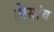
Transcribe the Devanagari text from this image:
पिसांच